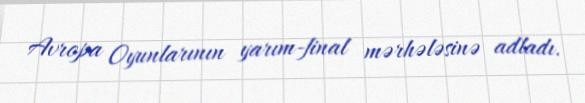
Avropa Oyunlarının yarım-final mərhələsinə adladı.